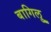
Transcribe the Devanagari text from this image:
बागिलु